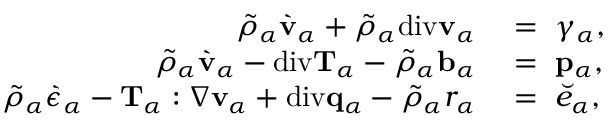
\begin{array} { r l } { \tilde { \rho } _ { \alpha } \grave { \mathbf { v } } _ { \alpha } + \tilde { \rho } _ { \alpha } \mathrm { d i v } \mathbf { v } _ { \alpha } } & { { } = ~ \gamma _ { \alpha } , } \\ { \tilde { \rho } _ { \alpha } \grave { \mathbf { v } } _ { \alpha } - \mathrm { d i v } \mathbf { T } _ { \alpha } - \tilde { \rho } _ { \alpha } \mathbf { b } _ { \alpha } } & { { } = ~ \mathbf { p } _ { \alpha } , } \\ { \tilde { \rho } _ { \alpha } \grave { \epsilon } _ { \alpha } - \mathbf { T } _ { \alpha } : \nabla \mathbf { v } _ { \alpha } + \mathrm { d i v } \mathbf { q } _ { \alpha } - \tilde { \rho } _ { \alpha } r _ { \alpha } } & { { } = ~ \breve { e } _ { \alpha } , } \end{array}